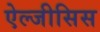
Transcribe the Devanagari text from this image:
ऐल्जीसिस